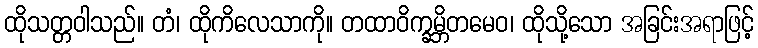
ထိုသတ္တဝါသည်။ တံ၊ ထိုကိလေသာကို။ တထာဝိက္ခမ္ဘိတမေဝ၊ ထိုသို့သော အခြင်းအရာဖြင့်